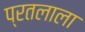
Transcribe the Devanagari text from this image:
प्रतलाला